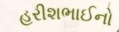
હરીશભાઈનો